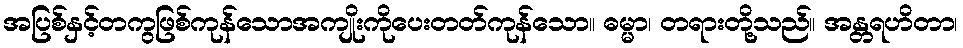
အပြစ်နှင့်တကွဖြစ်ကုန်သောအကျိုးကိုပေးတတ်ကုန်သော။ ဓမ္မာ၊ တရားတို့သည်။ အန္တရဟိတာ၊